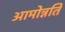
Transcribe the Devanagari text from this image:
आमोन्नति